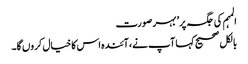
المہم کی جگہ پر’ بہر صورت
بالکل صحیح کہا آپ نے، آئندہ اس کا خیال کروں گا۔